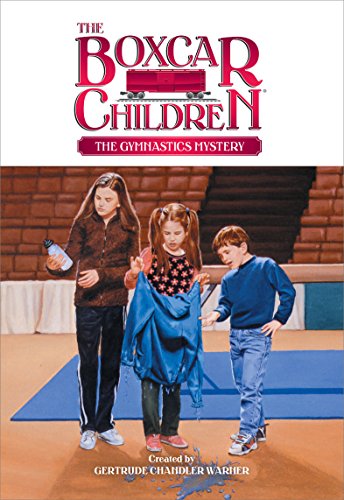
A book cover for The Gymnastics Mystery (Boxcar Children #73); Sports & Outdoors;